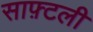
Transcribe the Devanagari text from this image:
साफ़्टली